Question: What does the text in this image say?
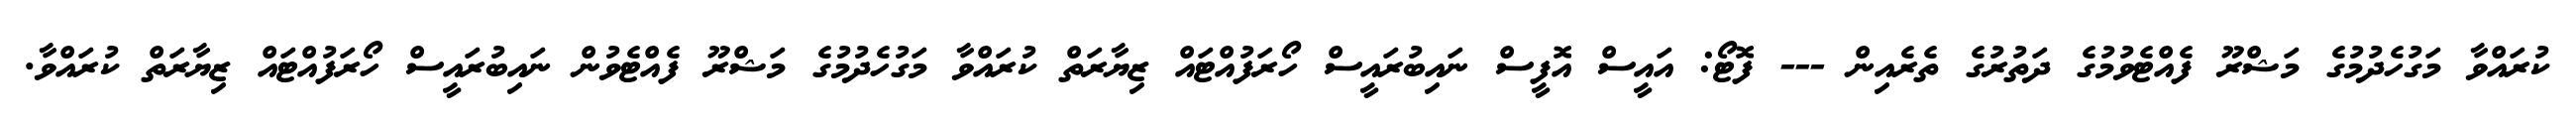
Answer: ކުރައްވާ މަގުހެދުމުގެ މަޝްރޫ ފެއްޓެވުމުގެ ދަތުރުގެ ތެރެއިން --- ފޮޓޯ: އައީސް އޮފީސް ނައިބުރައީސް ހޯރަފުއްޓައް ޒިޔާރަތް ކުރައްވާ މަގުހެދުމުގެ މަޝްރޫ ފެއްޓެވުން ނައިބުރައީސް ހޯރަފުއްޓައް ޒިޔާރަތް ކުރައްވާ.